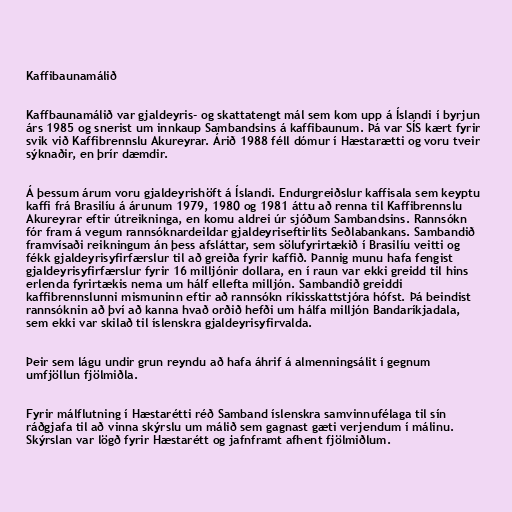
Kaffibaunamálið

Kaffbaunamálið var gjaldeyris- og skattatengt mál sem kom upp á Íslandi í byrjun
árs 1985 og snerist um innkaup Sambandsins á kaffibaunum. Þá var SÍS kært fyrir
svik við Kaffibrennslu Akureyrar. Árið 1988 féll dómur í Hæstarætti og voru tveir
sýknaðir, en þrír dæmdir.

Á þessum árum voru gjaldeyrishöft á Íslandi. Endurgreiðslur kaffisala sem keyptu
kaffi frá Brasilíu á árunum 1979, 1980 og 1981 áttu að renna til Kaffibrennslu
Akureyrar eftir útreikninga, en komu aldrei úr sjóðum Sambandsins. Rannsókn
fór fram á vegum rannsóknardeildar gjaldeyriseftirlits Seðlabankans. Sambandið
framvísaði reikningum án þess afsláttar, sem sölufyrirtækið í Brasilíu veitti og
fékk gjaldeyrisyfirfærslur til að greiða fyrir kaffið. Þannig munu hafa fengist
gjaldeyrisyfirfærslur fyrir 16 milljónir dollara, en í raun var ekki greidd til hins
erlenda fyrirtækis nema um hálf ellefta milljón. Sambandið greiddi
kaffibrennslunni mismuninn eftir að rannsókn ríkisskattstjóra hófst. Þá beindist
rannsóknin að því að kanna hvað orðið hefði um hálfa milljón Bandaríkjadala,
sem ekki var skilað til íslenskra gjaldeyrisyfirvalda.

Þeir sem lágu undir grun reyndu að hafa áhrif á almenningsálit í gegnum
umfjöllun fjölmiðla.

Fyrir málflutning í Hæstarétti réð Samband íslenskra samvinnufélaga til sín
ráðgjafa til að vinna skýrslu um málið sem gagnast gæti verjendum í málinu.
Skýrslan var lögð fyrir Hæstarétt og jafnframt afhent fjölmiðlum.